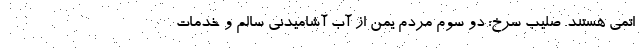
اتمی هستند. صلیب سرخ: دو سوم مردم یمن از آب آشامیدنی سالم و خدمات